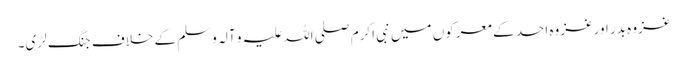
غزوہ بدر اورغزوہ احد کے معرکوں میں نبی اکرم صلی اللہ علیہ و آلہ وسلم کے خلاف جنگ لڑی۔